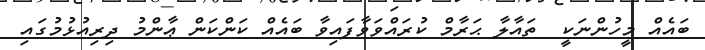
ބައެއް މީހުންނަކީ  ތައާލާ ޙަރާމް ކުރައްވަވާފައިވާ ބައެއް ކަންކަން ޢާންމު ދިރިއުޅުމުގައި